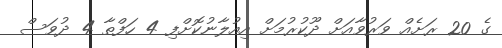
ގެ 20 ރަށެއް ވަރުވާއަށް ދޫކުރުމަށް އިއުލާނުކޮށްފި 4 ހަފްތާ 4 ދުވަސް